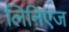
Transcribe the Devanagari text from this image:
लिनिएज